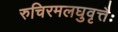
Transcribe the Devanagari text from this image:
रुचिरमलघुवृत्तैः